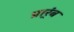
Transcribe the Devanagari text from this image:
प्रार्ंब